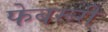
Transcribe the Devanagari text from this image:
फेबरूरी